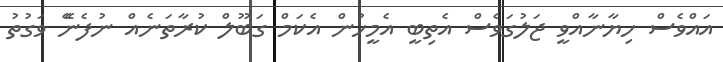
އަައްވެސް ހިޔާނާއްވީ ޖަލުގަވެސް އެތިބީ އެމީހުން އެކަމް ގަބޫލް ކުރާތަނެއް ނުފެނޭެ ވަގުތު